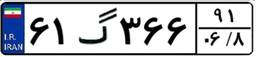
۵۶گ۸۳۱۴۹